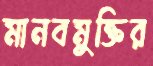
মানবমুক্তির